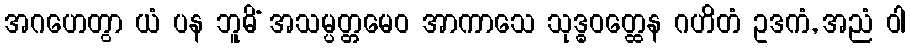
အဂဟေတွာ ယံ ပန ဘူမိံ အသမ္ပတ္တမေဝ အာကာသေ သုဒ္ဓဝတ္ထေန ဂဟိတံ ဥဒကံ, အညံ ဝါ